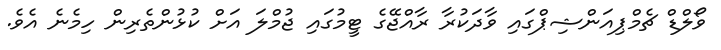
ވޯލްޑް ޗެމްޕިއަންޝިޕްގައި ވާދަކުރާ ރާއްޖޭގެ ޓީމުގައި ޖުމްލަ އަށް ކުޅުންތެރިން ހިމެނެ އެވެ.